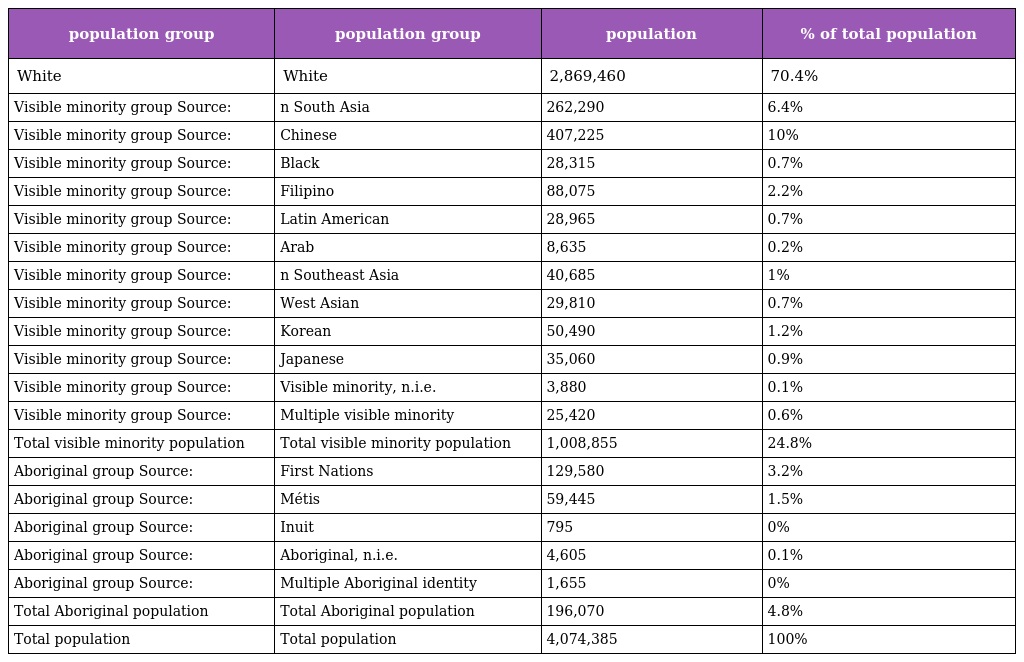
| population group | population group | population | % of total population |
 | --- | --- | --- | --- |
 | White | White | 2,869,460 | 70.4% |
 | Visible minority group Source: | n South Asia | 262,290 | 6.4% |
 | Visible minority group Source: | Chinese | 407,225 | 10% |
 | Visible minority group Source: | Black | 28,315 | 0.7% |
 | Visible minority group Source: | Filipino | 88,075 | 2.2% |
 | Visible minority group Source: | Latin American | 28,965 | 0.7% |
 | Visible minority group Source: | Arab | 8,635 | 0.2% |
 | Visible minority group Source: | n Southeast Asia | 40,685 | 1% |
 | Visible minority group Source: | West Asian | 29,810 | 0.7% |
 | Visible minority group Source: | Korean | 50,490 | 1.2% |
 | Visible minority group Source: | Japanese | 35,060 | 0.9% |
 | Visible minority group Source: | Visible minority, n.i.e. | 3,880 | 0.1% |
 | Visible minority group Source: | Multiple visible minority | 25,420 | 0.6% |
 | Total visible minority population | Total visible minority population | 1,008,855 | 24.8% |
 | Aboriginal group Source: | First Nations | 129,580 | 3.2% |
 | Aboriginal group Source: | Métis | 59,445 | 1.5% |
 | Aboriginal group Source: | Inuit | 795 | 0% |
 | Aboriginal group Source: | Aboriginal, n.i.e. | 4,605 | 0.1% |
 | Aboriginal group Source: | Multiple Aboriginal identity | 1,655 | 0% |
 | Total Aboriginal population | Total Aboriginal population | 196,070 | 4.8% |
 | Total population | Total population | 4,074,385 | 100% |